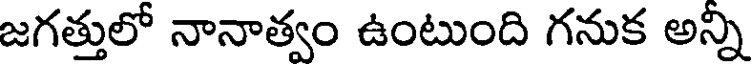
జగత్తులో నానాత్వం ఉంటుంది గనుక అన్ని